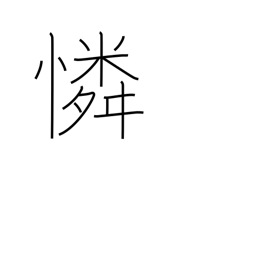
Meaning: compassion